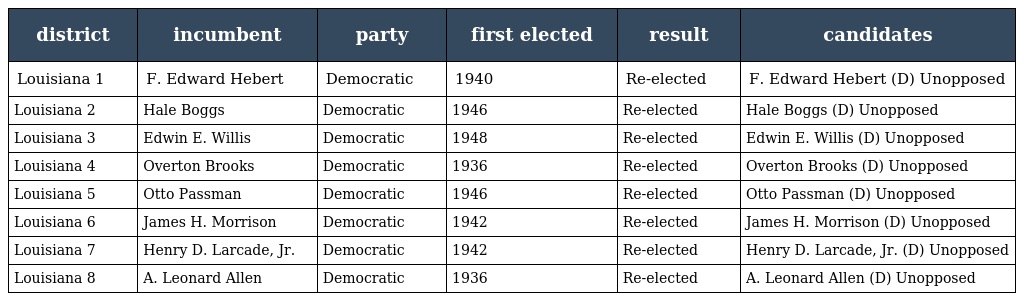
| district | incumbent | party | first elected | result | candidates |
 | --- | --- | --- | --- | --- | --- |
 | Louisiana 1 | F. Edward Hebert | Democratic | 1940 | Re-elected | F. Edward Hebert (D) Unopposed |
 | Louisiana 2 | Hale Boggs | Democratic | 1946 | Re-elected | Hale Boggs (D) Unopposed |
 | Louisiana 3 | Edwin E. Willis | Democratic | 1948 | Re-elected | Edwin E. Willis (D) Unopposed |
 | Louisiana 4 | Overton Brooks | Democratic | 1936 | Re-elected | Overton Brooks (D) Unopposed |
 | Louisiana 5 | Otto Passman | Democratic | 1946 | Re-elected | Otto Passman (D) Unopposed |
 | Louisiana 6 | James H. Morrison | Democratic | 1942 | Re-elected | James H. Morrison (D) Unopposed |
 | Louisiana 7 | Henry D. Larcade, Jr. | Democratic | 1942 | Re-elected | Henry D. Larcade, Jr. (D) Unopposed |
 | Louisiana 8 | A. Leonard Allen | Democratic | 1936 | Re-elected | A. Leonard Allen (D) Unopposed |